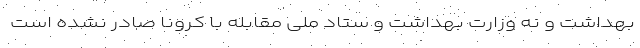
بهداشت و نه وزارت بهداشت و ستاد ملی مقابله با کرونا صادر نشده است